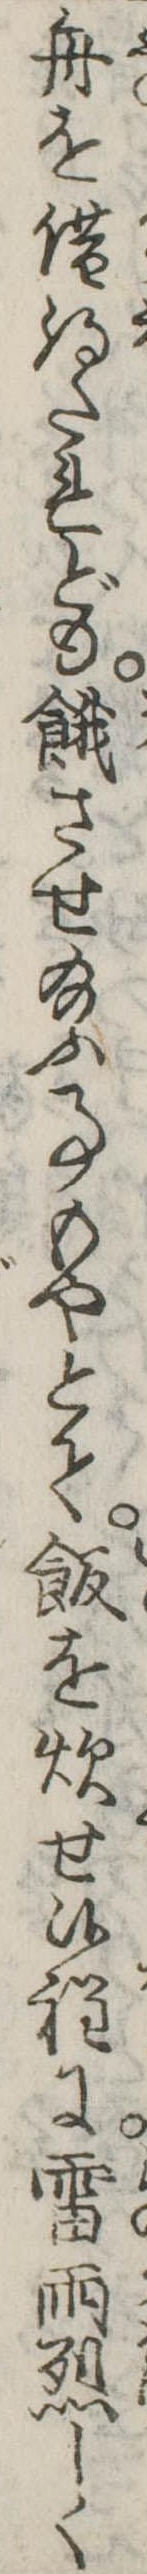
舟を借得たれども餓させ給ふ事もやとて飯を炊せ候程に雷雨烈しく